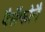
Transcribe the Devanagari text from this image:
पैर्सेफोनै